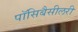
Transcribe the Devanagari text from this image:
पॉसिबैसीलरी